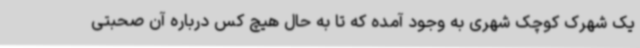
یک شهرک کوچک شهری به وجود آمده که تا به حال هیچ کس درباره آن صحبتی